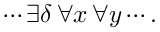
\cdots \exists \delta \, \forall x \, \forall y \cdots .